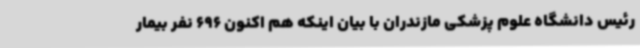
رئیس دانشگاه علوم پزشکی مازندران با بیان اینکه هم اکنون 696 نفر بیمار